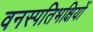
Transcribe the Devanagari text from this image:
वनस्पतिभक्षियों